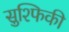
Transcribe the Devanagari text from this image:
सुश्फिकी